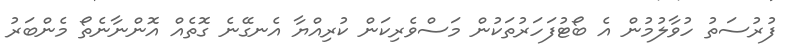
ފުރުސަތު ހުވާލުމުން އެ ބޯޓުފަހަރުތަކުން މަސްވެރިކަން ކުރިއްޔާ އެނގޭނެ ގޮތެއް އޮންނާނެތޯ މެންބަރު